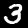
Label: 3